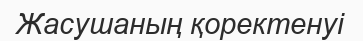
Жасушаның қоректенуі